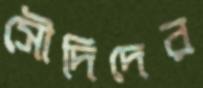
সৌদিদের